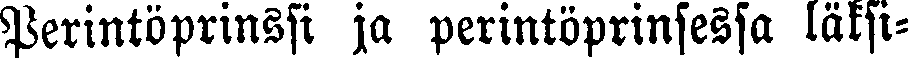
Perintöprinssi ja perintöprinsessa läksi-